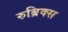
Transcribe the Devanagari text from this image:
रुब्रिक्स